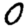
Digit: 0